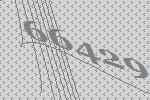
66429